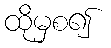
ထိုမှစ၍